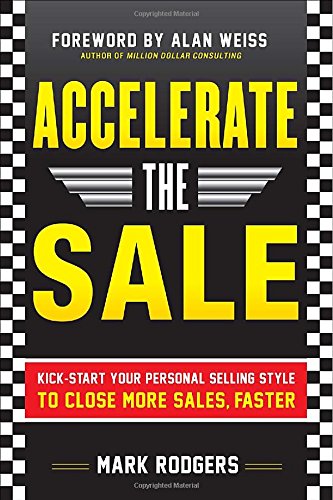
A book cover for Accelerate the Sale: Kick-Start Your Personal Selling Style to Close More Sales, Faster; Mark Rodgers; Business & Money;